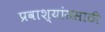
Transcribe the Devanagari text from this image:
प्रवाश्यांससाठी